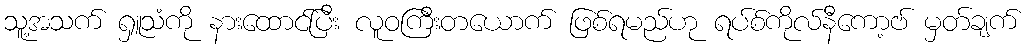
သူ့အသက် ရှူသံကို နားထောင်ပြီး လူဝကြီးတယောက် ဖြစ်ရမည်ဟု ရပ်စ်ကိုလ်နီကော့ဗ် မှတ်ချက်